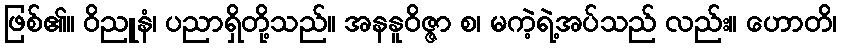
ဖြစ်၏။ ဝိညူနံ၊ ပညာရှိတို့သည်။ အနနူဝိဇ္ဇာ စ၊ မကဲ့ရဲ့အပ်သည် လည်း။ ဟောတိ၊